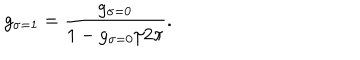
g _ { \sigma = 1 } = \frac { g _ { \sigma = 0 } } { 1 - g _ { \sigma = 0 } / 2 \pi } .